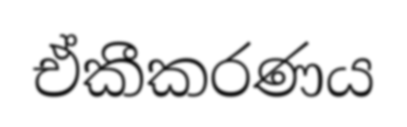
ඒකීකරණය